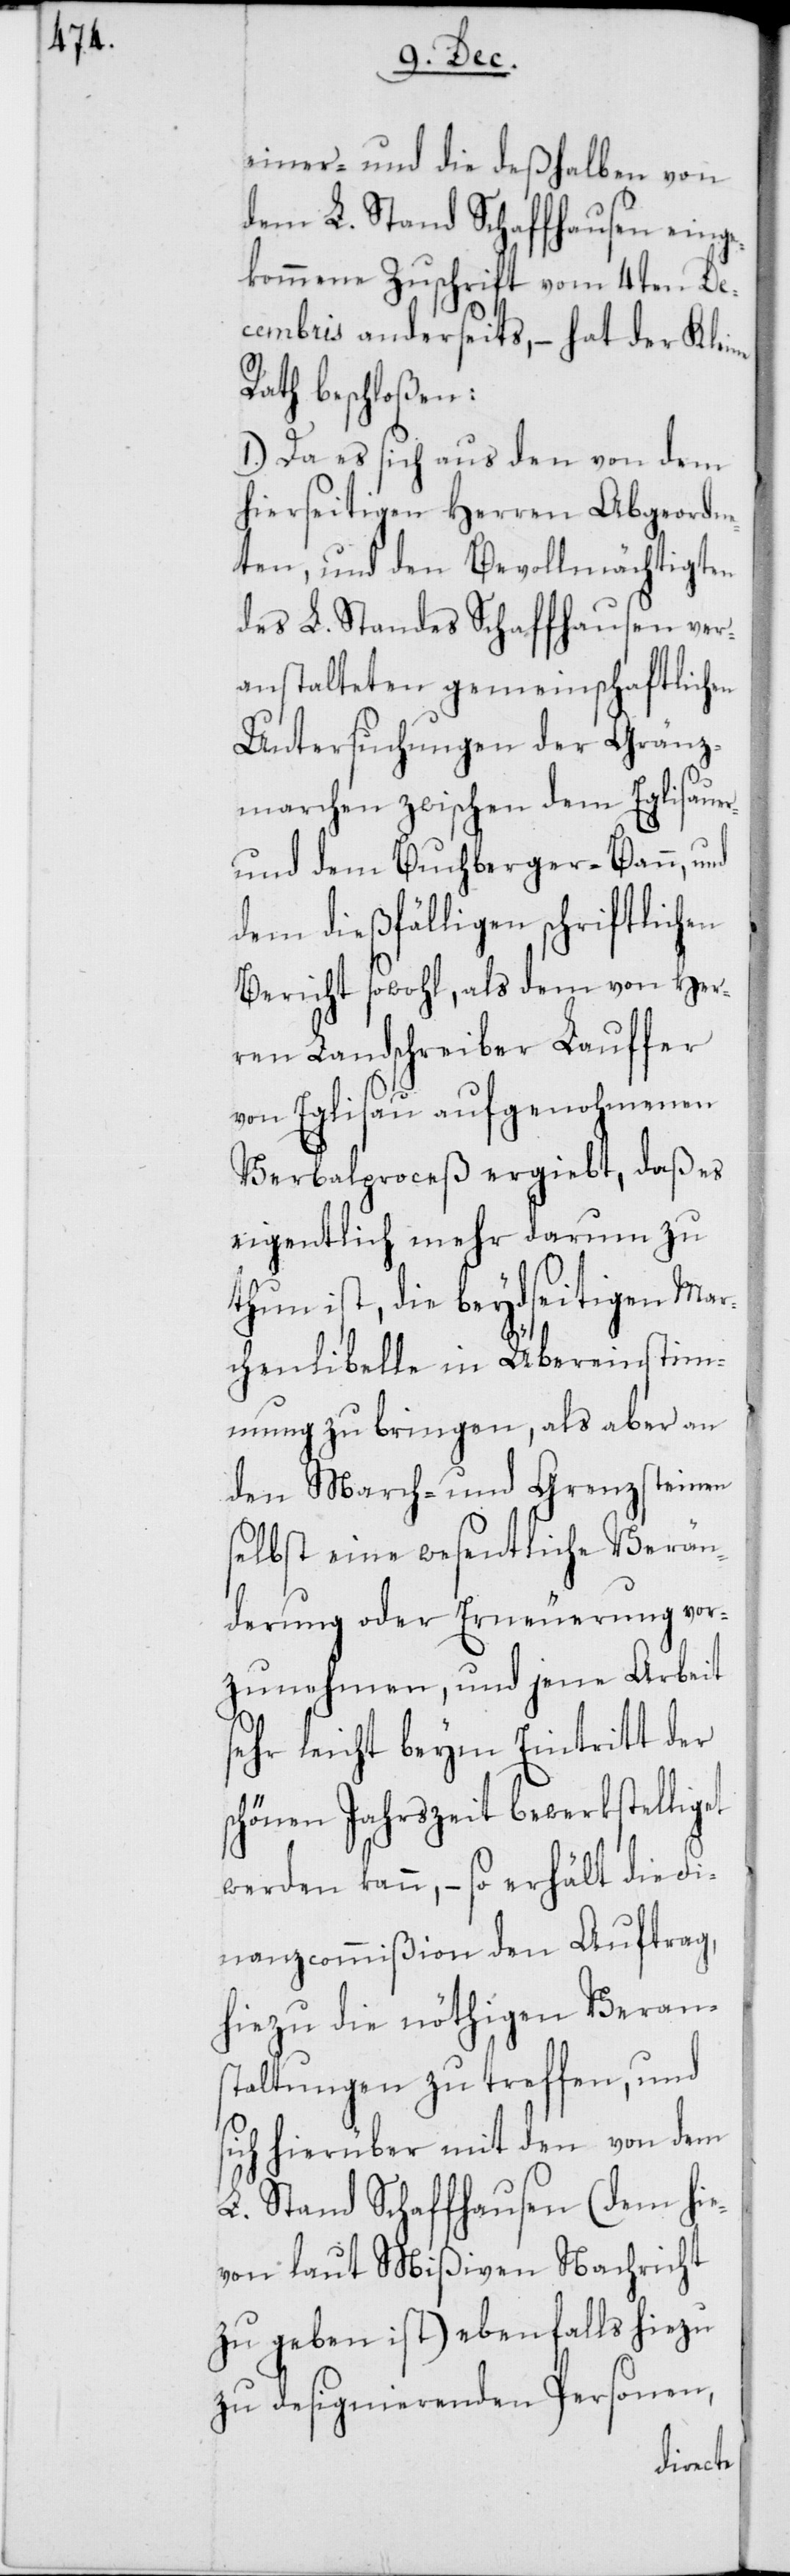
einer-, und die deßhalben von
dem L. Stand Schaffhausen einge¬
kommene Zuschrift vom 4ten De¬
cembris anderseits, – hat der Kleine
Rath beschloßen:
1.) Da es sich aus den von dem
hierseitigen Herren Abgeordn¬
eten, und den Bevollmächtigten
des L. Standes Schaffhausen ver¬
anstalteten gemeinschaftlichen
Untersuchungen der Gränz¬
marchen zwischen dem Eglisauer-
und dem Buchberger-Bann, und
dem dießfälligen schriftlichen
Bericht sowohl, als dem von Her¬
ren Landschreiber Lauffer
von Eglisau aufgenohmenen
Verbalproceß ergiebt, daß es
eigentlich mehr darum zu
thun ist, die beydseitigen Mar¬
chenlibelle in Übereinstim¬
mung zu bringen, als aber an
den March- und Grenzsteinen
selbst eine wesentliche Verän¬
derung oder Erneuerung vor¬
zunehmen, und jene Arbeit
sehr leicht beym Eintritt der
schönen Jahrszeit bewerkstelliget
werden kann, – so erhält die Fi¬
nanzcommißion den Auftrag,
hiezu die nöthigen Verans¬
taltungen zu treffen, und
sich hierüber mit den von dem
L. Stand Schaffhausen (dem hie¬
von laut Mißiven Nachricht
zu geben ist) ebenfalls hiezu
zu designierenden Personen,